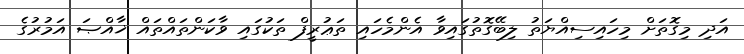
އަދި މިގޮތަށް މިހައިސިއްޔަތު ލިބޭގޮތުގައިވާ އެންމެހައި ތަޢުރީފް ތަކުގައި ވާކަންތައްތައް ޚާއްޞަ އަމުރުގެ